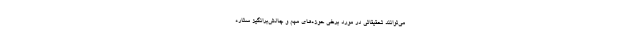
می‌توانند تحقیقاتی در مورد برخی حوزه‌های مهم و چالش‌برانگیز ستاره